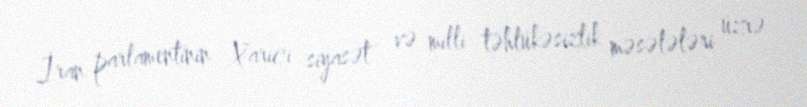
İran parlamentinin Xarici siyasət və milli təhlükəsizlik məsələləri üzrə